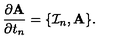
\frac { \partial \mathrm { { \bf A } } } { \partial t _ { n } } = \{ { \cal I } _ { n } , \mathrm { { \bf A } } \} .